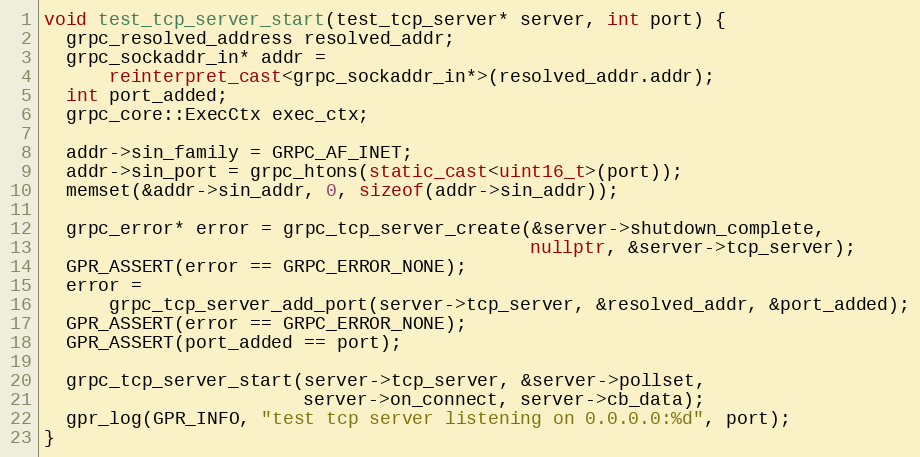
Language: C++
void test_tcp_server_start(test_tcp_server* server, int port) {
  grpc_resolved_address resolved_addr;
  grpc_sockaddr_in* addr =
      reinterpret_cast<grpc_sockaddr_in*>(resolved_addr.addr);
  int port_added;
  grpc_core::ExecCtx exec_ctx;

  addr->sin_family = GRPC_AF_INET;
  addr->sin_port = grpc_htons(static_cast<uint16_t>(port));
  memset(&addr->sin_addr, 0, sizeof(addr->sin_addr));

  grpc_error* error = grpc_tcp_server_create(&server->shutdown_complete,
                                             nullptr, &server->tcp_server);
  GPR_ASSERT(error == GRPC_ERROR_NONE);
  error =
      grpc_tcp_server_add_port(server->tcp_server, &resolved_addr, &port_added);
  GPR_ASSERT(error == GRPC_ERROR_NONE);
  GPR_ASSERT(port_added == port);

  grpc_tcp_server_start(server->tcp_server, &server->pollset,
                        server->on_connect, server->cb_data);
  gpr_log(GPR_INFO, "test tcp server listening on 0.0.0.0:%d", port);
}